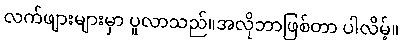
လက်ဖျားများမှာ ပူလာသည်။အလိုဘာဖြစ်တာ ပါလိမ့်။